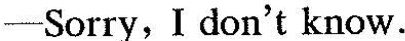
—Sorry,I don't know.